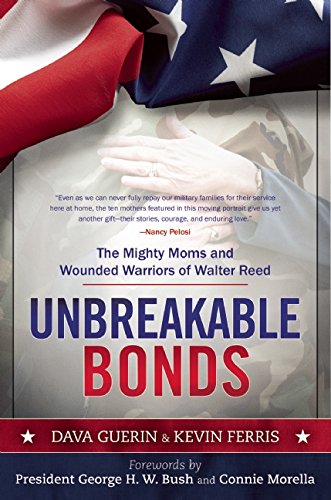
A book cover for Unbreakable Bonds: The Mighty Moms and Wounded Warriors of Walter Reed; Dava Guerin; Parenting & Relationships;